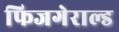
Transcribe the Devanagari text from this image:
फिजगेराल्ड